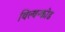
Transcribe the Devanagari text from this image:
विल्वन्कोड